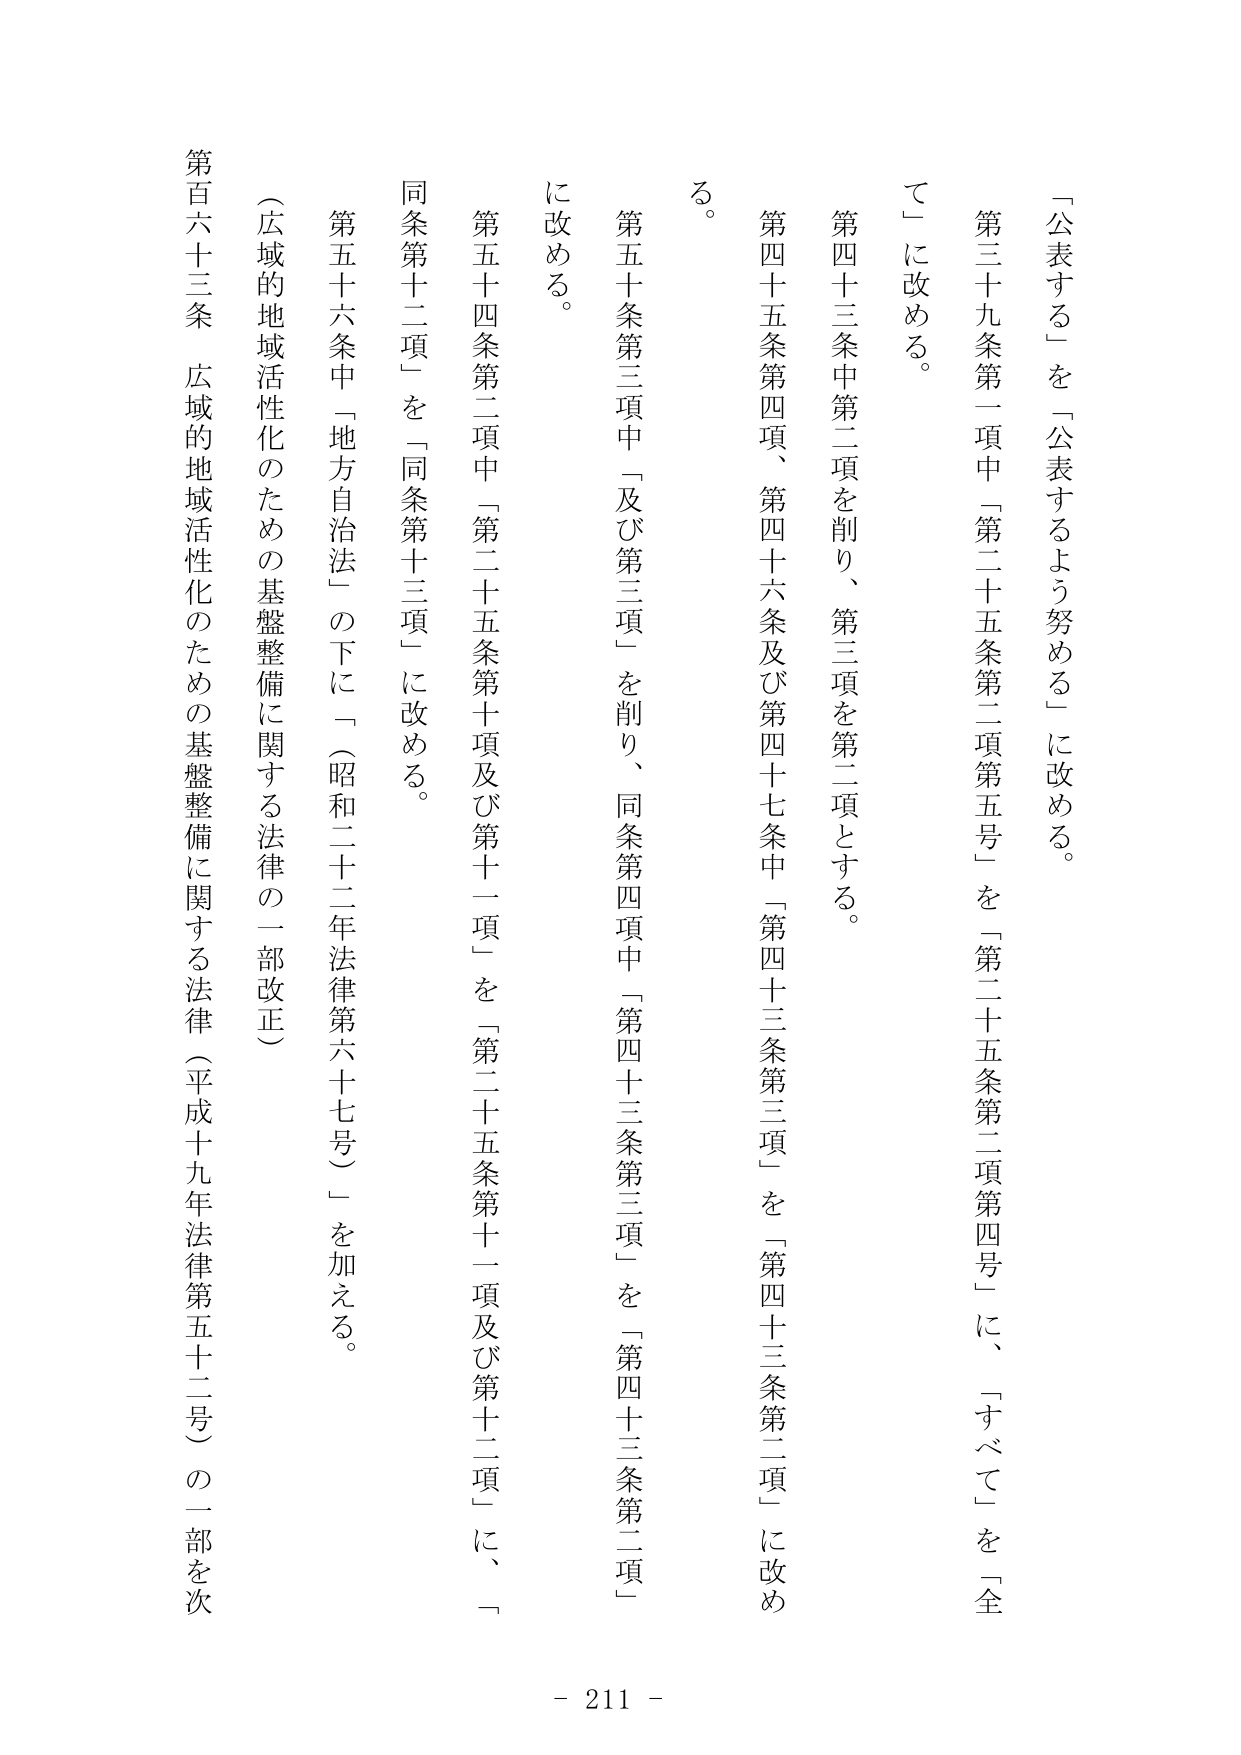
「公表する」を「公表するよう努める」に改める。

第三十九条第一項中「第二十五条第二項第五号」を「第二十五条第二項第四号」に、「すべて」を「全
て」に改める。

第四十三条中第二項を削り、第三項を第二項とする。

第四十五条第四項、第四十六条及び第四十七条中「第四十三条第三項」を「第四十三条第二項」に改め
る。

第五十条第三項中「及び第三項」を削り、同条第四項中「第四十三条第三項」を「第四十三条第二項」
に改める。

第五十四条第二項中「第二十五条第十項及び第十一項」を「第二十五条第十一項及び第十二項」に、「
同条第十二項」を「同条第十三項」に改める。

第五十六条中「地方自治法」の下に「（昭和二十二年法律第六十七号）」を加える。

（広域的地域活性化のための基盤整備に関する法律の一部改正）

第百六十三条 広域的地域活性化のための基盤整備に関する法律（平成十九年法律第五十二号）の一部を次

- 211 -